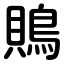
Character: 鵙